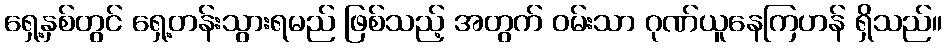
ရှေ့နှစ်တွင် ရှေ့တန်းသွားရမည် ဖြစ်သည့် အတွက် ဝမ်းသာ ဂုဏ်ယူနေကြဟန် ရှိသည်။